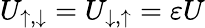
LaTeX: U_{\uparrow,\downarrow}=U_{\downarrow,\uparrow}=\varepsilon U